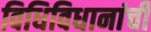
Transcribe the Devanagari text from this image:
विधिविधानांची